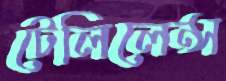
টেলিলেন্স